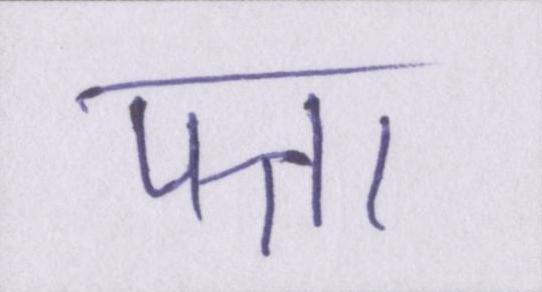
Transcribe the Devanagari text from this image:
पत्ता